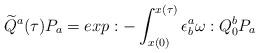
LaTeX: \begin{align*}\widetilde Q^a(\tau)P_a=exp:-\int_{x(0)}^{x(\tau)}\epsilon_b^a\omega:Q_0^bP_a\end{align*}